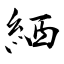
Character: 絤